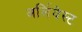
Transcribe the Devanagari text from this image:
अर्लियेस्ट